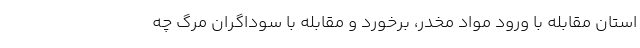
استان مقابله با ورود مواد مخدر، برخورد و مقابله با سوداگران مرگ چه